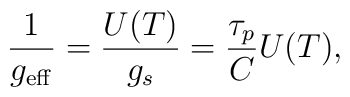
\frac{1}{g_{\mathrm{eff}}}=\frac{U(T)}{g_s}=\frac{\tau_p}{C}U(T),